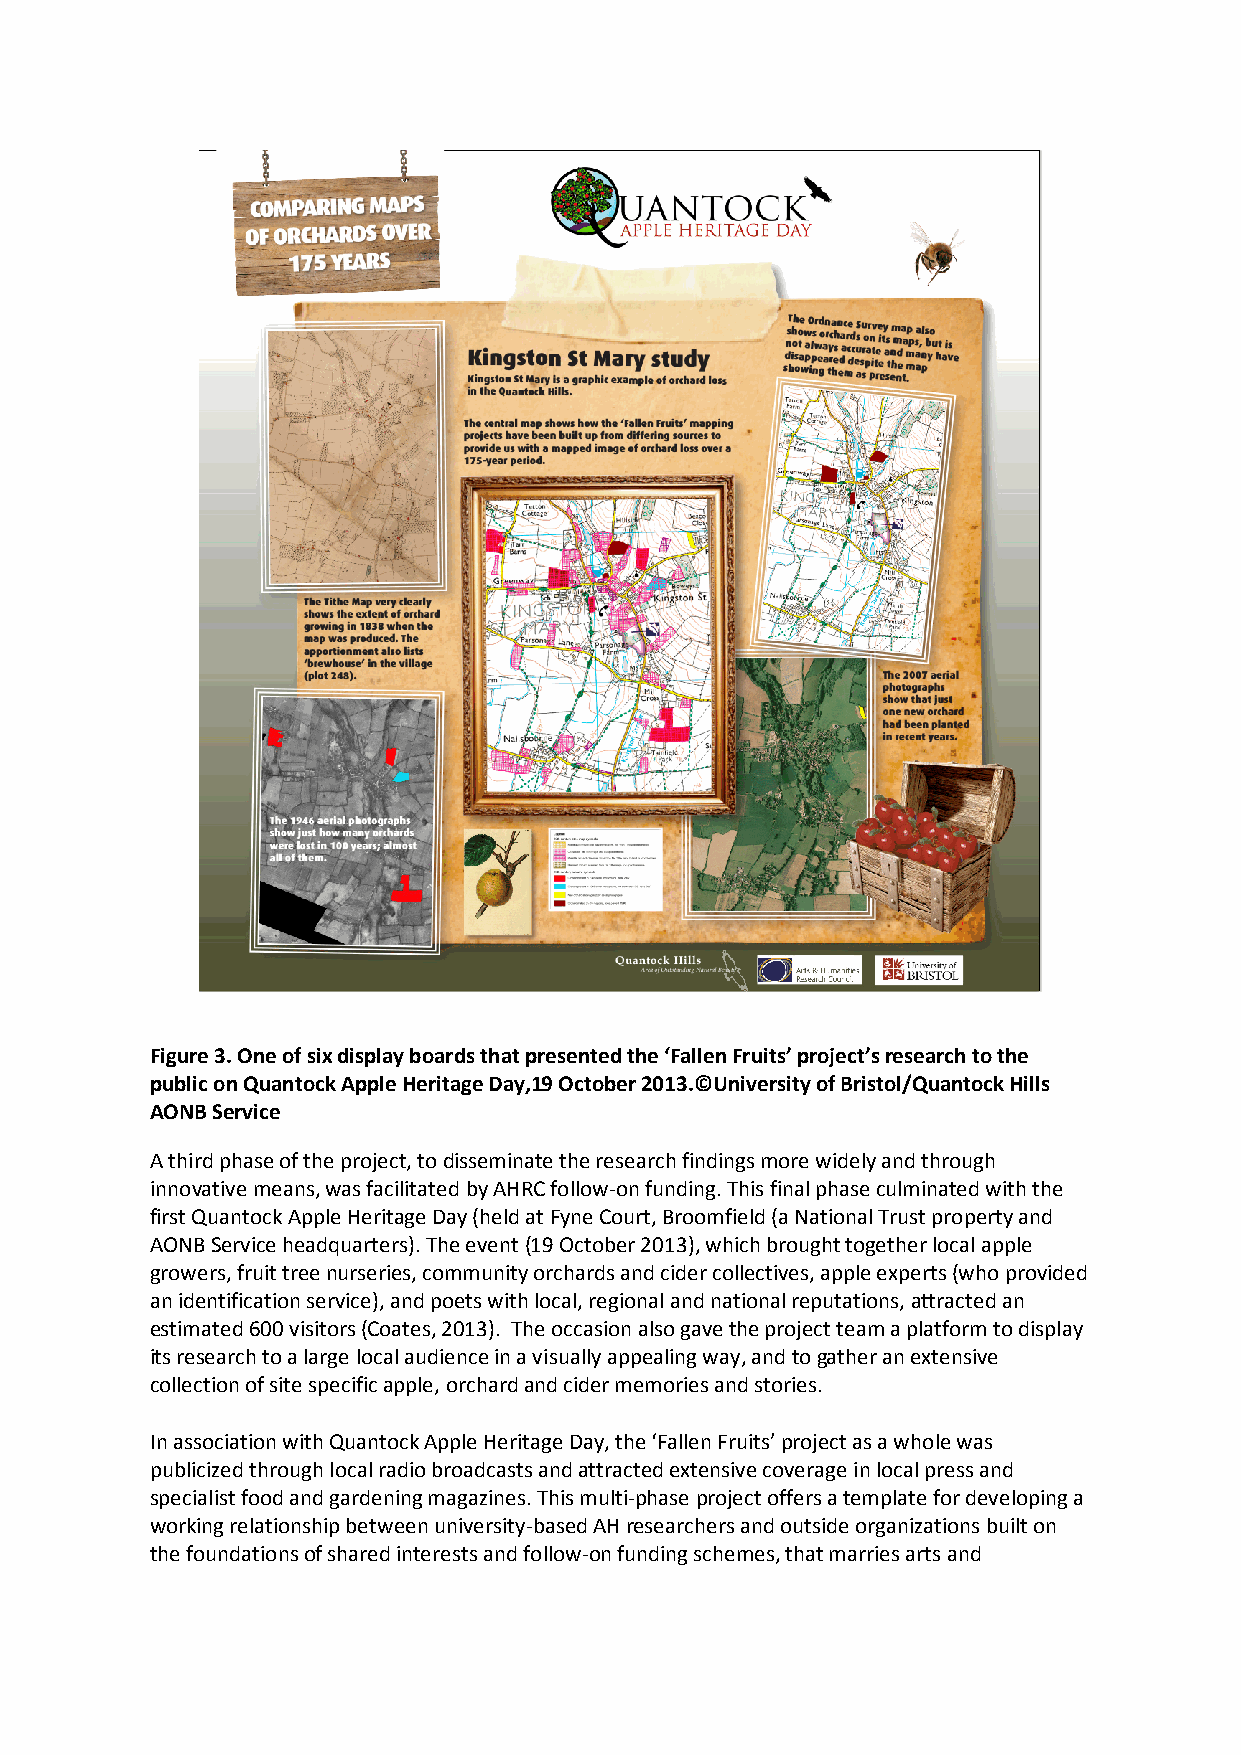
Figure 3. One of six display boards that presented the ‘Fallen Fruits’ project’s research to the
 public on Quantock Apple Heritage Day,19 October 2013.©University of Bristol/Quantock Hills
 AONB Service
 A third phase of the project, to disseminate the research findings more widely and through
 innovative means, was facilitated by AHRC follow-on funding. This final phase culminated with the
 first Quantock Apple Heritage Day (held at Fyne Court, Broomfield (a National Trust property and
 AONB Service headquarters). The event (19 October 2013), which brought together local apple
 growers, fruit tree nurseries, community orchards and cider collectives, apple experts (who provided
 an identification service), and poets with local, regional and national reputations, attracted an
 estimated 600 visitors (Coates, 2013). The occasion also gave the project team a platform to display
 its research to a large local audience in a visually appealing way, and to gather an extensive
 collection of site specific apple, orchard and cider memories and stories.
 In association with Quantock Apple Heritage Day, the ‘Fallen Fruits’ project as a whole was
 publicized through local radio broadcasts and attracted extensive coverage in local press and
 specialist food and gardening magazines. This multi-phase project offers a template for developing a
 working relationship between university-based AH researchers and outside organizations built on
 the foundations of shared interests and follow-on funding schemes, that marries arts and